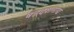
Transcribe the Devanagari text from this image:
षडदशनाद्य